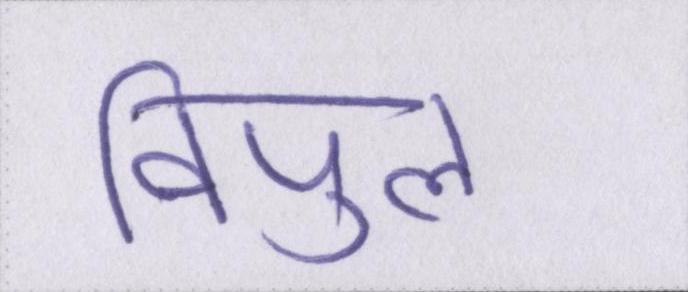
विपुल